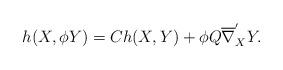
LaTeX: \begin{align*}h(X,\phi Y)=Ch(X,Y)+\phi Q\overline{\nabla}^{'}_{X} Y. \end{align*}